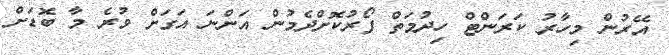
އޭރުން މިހާރު ކަރަންޓް ހިދުމަތް ފޯރުކޮށްދެމުން އަންނަ އަގަށް ވުރެ މާ ބޮޑަށް